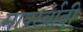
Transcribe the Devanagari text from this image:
मार्क्स्वादी